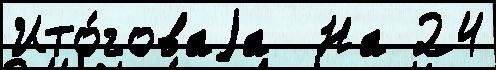
Ито́говаjа  На 24